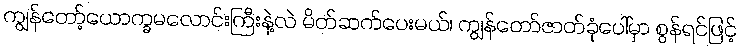
ကျွန်တော့်ယောက္ခမလောင်းကြီးနဲ့လဲ မိတ်ဆက်ပေးမယ်၊ ကျွန်တော်ဇာတ်ခုံပေါ်မှာ စွန်ရင်ဖြင့်